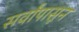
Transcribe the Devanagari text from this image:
सर्वांपासून